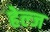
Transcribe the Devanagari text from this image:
हेल्ज